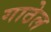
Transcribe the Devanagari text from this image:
गाठेल